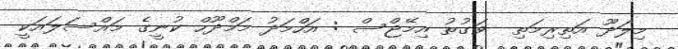
މިލަދޫ އަތިރިމަތި  ވަގުތު އިމޭޖްސް : އަހްމަދު މަމްދޫހް ކުނީގެ މައްސަލައަކީ